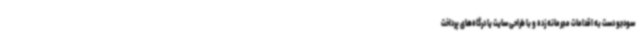
سودجو دست به اقدامات مجرمانه زده و با طراحی سایت یا درگاه‌های پرداخت